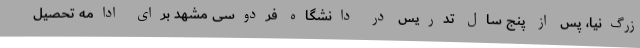
زرگ‌نیا، پس از پنج سال تدریس در دانشگاه فردوسی مشهد برای ادامه تحصیل